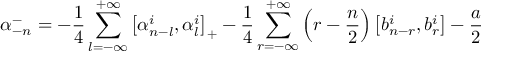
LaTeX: \alpha _ { - n } ^ { - } = - \frac { 1 } { 4 } \sum _ { l = - \infty } ^ { + \infty } \left[ \alpha _ { n - l } ^ { i } , \alpha _ { l } ^ { i } \right] _ { + } - \frac { 1 } { 4 } \sum _ { r = - \infty } ^ { + \infty } \left( r - \frac { n } { 2 } \right) \left[ b _ { n - r } ^ { i } , b _ { r } ^ { i } \right] - \frac { a } { 2 }